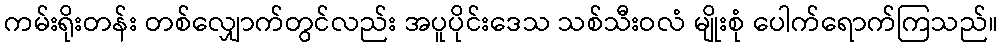
ကမ်းရိုးတန်း တစ်လျှောက်တွင်လည်း အပူပိုင်းဒေသ သစ်သီးဝလံ မျိုးစုံ ပေါက်ရောက်ကြသည်။